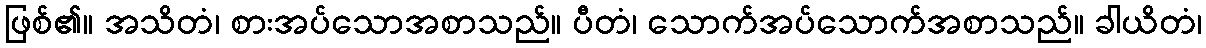
ဖြစ်၏။ အသိတံ၊ စားအပ်သောအစာသည်။ ပီတံ၊ သောက်အပ်သောက်အစာသည်။ ခါယိတံ၊